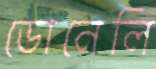
ডোনেলি